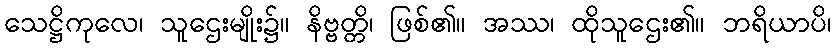
သေဋ္ဌိကုလေ၊ သူဌေးမျိုး၌။ နိဗ္ဗတ္တိ၊ ဖြစ်၏။ အဿ၊ ထိုသူဌေး၏။ ဘရိယာပိ၊